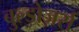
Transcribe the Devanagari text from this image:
बुल्डोज़र्स